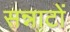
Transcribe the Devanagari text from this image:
सन्नाटों